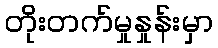
တိုးတက်မှုနှုန်းမှာ